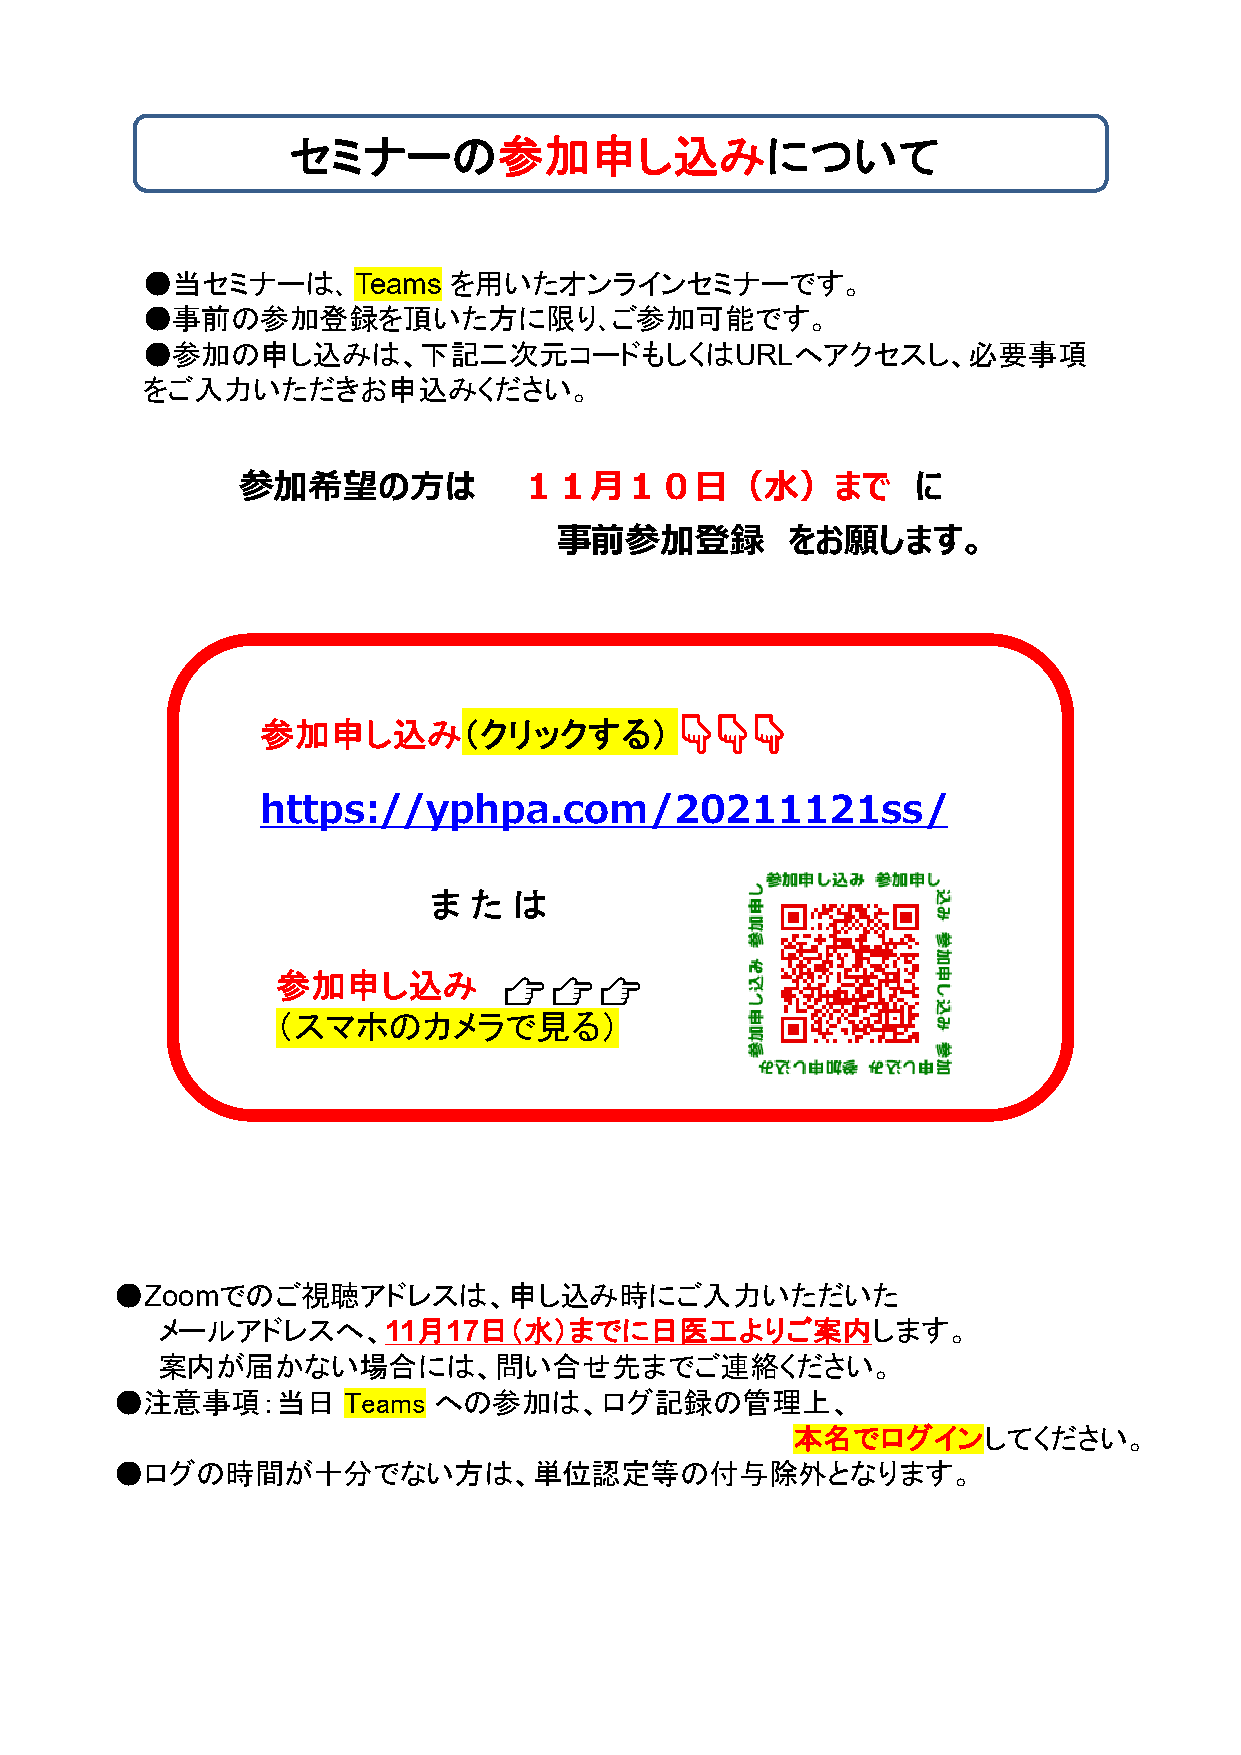
セミナーの参加申し込みについて
 ●当セミナーは､      Teams  を用いたオンラインセミナーです。
 ●事前の参加登録を頂いた方に限り､ご参加可能です。
 ●参加の申し込みは、下記二次元コードもしくはURLへアクセスし、必要事項
 をご入力いただきお申込みください。
 参加希望の方は           １１月１０日（水）まで                に
 事前参加登録         をお願します。
 参加申し込み（クリックする）              👇👇👇
 https://yphpa.com/20211121ss/
 ま  た  は
 参加申し込み         👉👉👉
 （スマホのカメラで見る）
 ●Zoomでのご視聴アドレスは、申し込み時にご入力いただいた
 メールアドレスへ、11月17日（水）までに日医工よりご案内します。
 案内が届かない場合には、問い合せ先までご連絡ください。
 ●注意事項：当日       Teams への参加は、ログ記録の管理上、
 本名でログインしてください。
 ●ログの時間が十分でない方は、単位認定等の付与除外となります。